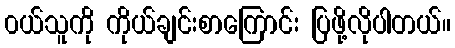
၀ယ်သူကို ကိုယ်ချင်းစာကြောင်း ပြဖို့လိုပါတယ်။